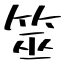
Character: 筮